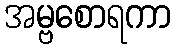
အမ္ဗစောရကာ